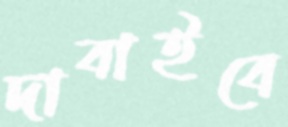
দাবাইবে